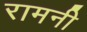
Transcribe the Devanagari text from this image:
रामनी